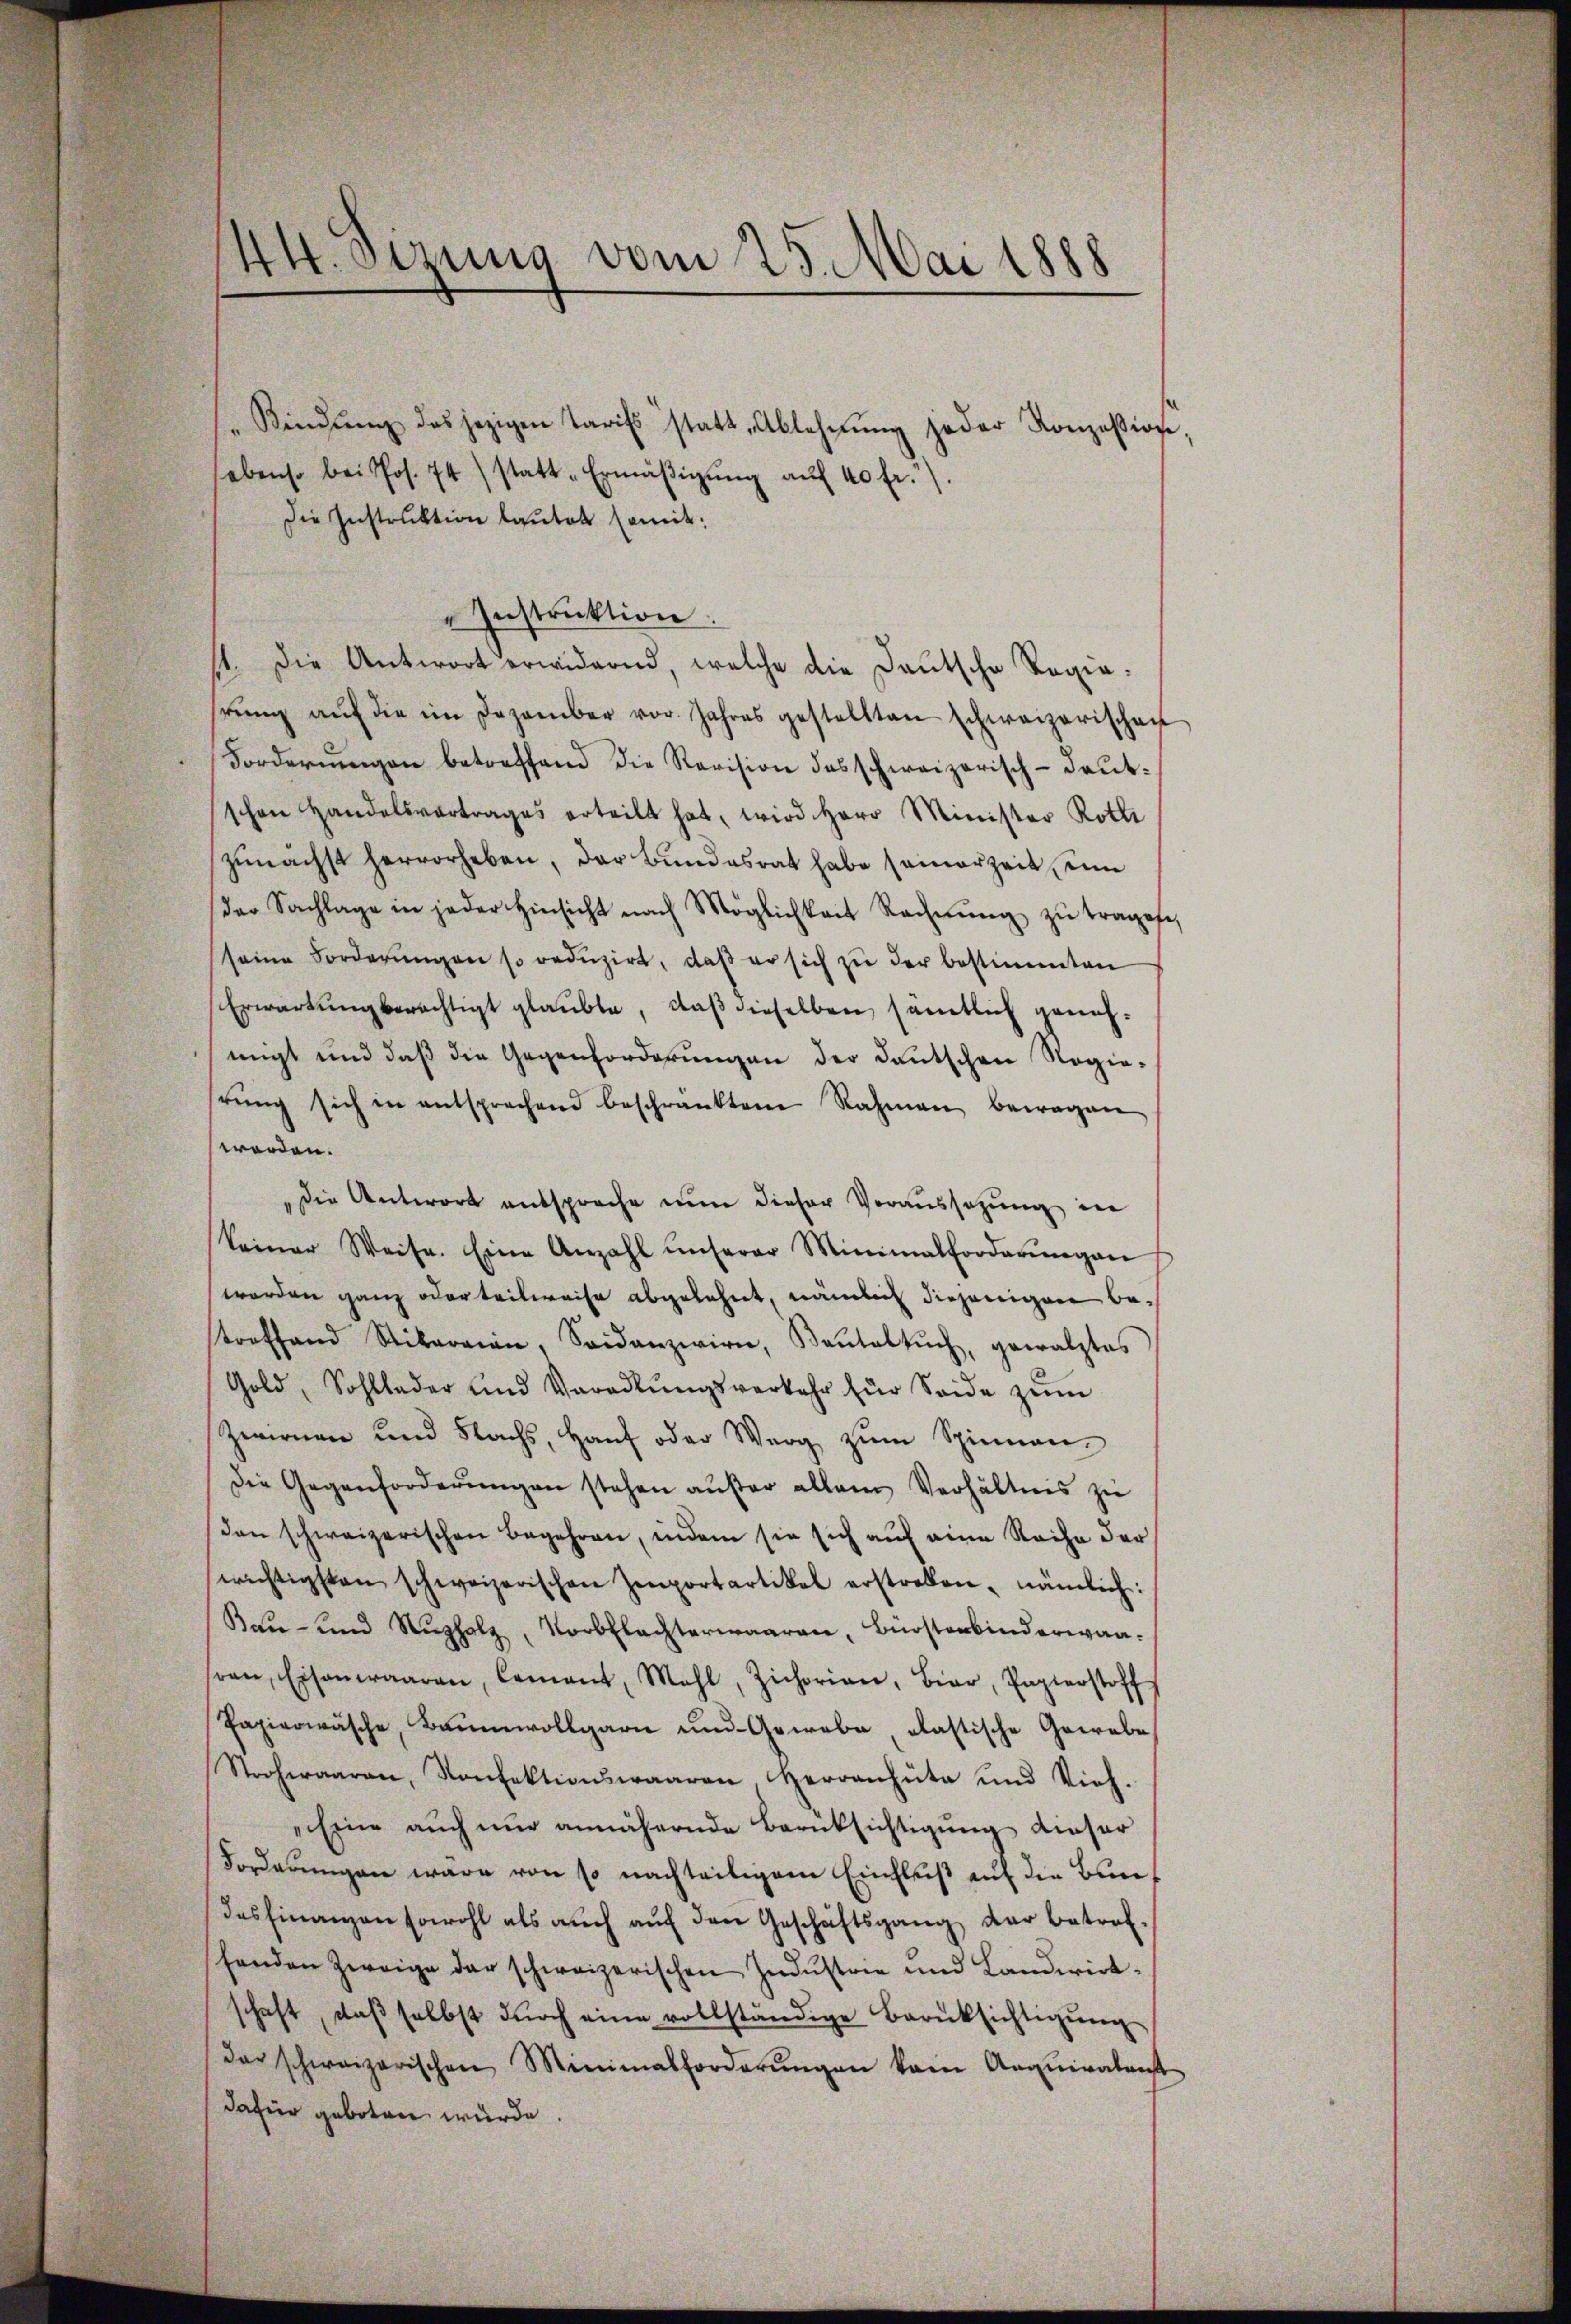
" Kindlŭng des jezigen Tarifs statt Ablehnŭng jeder Konzession,
ebenso bei Jos. 74) statt-Ermäβigŭng aŭf 40 fr.).
Die Instruktion lautet somit
Instruktion.
1. Die Antwort erwidernd, welche die Deutsche Regierŭng aŭf die im Dezember vor. Jahres gestellten schweizerischen
Forderungen betreffend die Revision des schweizerisch-deutschen Handelsvertrages erteilt hat, wird Herr Minister Rothi
zŭnächst hervorheben, der Bŭndesrat habe seinerzeit un
der Sachlage in jeder Hinsicht nach Möglichkeit Rechnŭng zŭ trages,
seine Forderŭngen so redŭzirt, daβ er sich zŭ der bestimmten
Erwartung berechtigt glaubte, daß dieselben sämtlich genehmigt und daβ die Gegenforderŭngen der deutschen Regie-
hrŭng sich in entsprechend beschränktem Rahmen bewegen
worden.
"die Antwort entsproche nun dieser Voraussetzung in
keiner Weise. Eine Anzahl ŭnserer Minimalforderungen
worden ganz oder teilweise abgelehnt, nämlich diejenigen betroffend Stirn, Saidanzwirn, Baŭtelŭch, gewalztes
Gold, Sohllader und Voradlŭngsverkehr für Seide zŭm
Zwirnen und Nachs, Haŭf oder Werg zŭm Spinnen,
Die Gegenforderŭngen stehen aŭβer allem Verhältnis zŭ
den schweizerischen Begehren, indem sie sich auf eine Reihe der
serichtigsten schweizerischen Zenportartikel erstreben, nämlich:
Bau- und Nŭzholz, Korbflachterwaaren, Bürsterbinderwanren, Eisenwaaren, lement, Mahl, Zichorian, Bier, Papierstoff
Papierwäsche, Baumwollgarn und Gewebe, elastische Gewebe
Stroheraaren, Konfektionswaaren Herren Güte und Vieh.
Eine auch nur annähernde Berüksichtigung dieser
Forderungen wäre von so nachteiligem Einfluß auf die Bundes Finanzen sowohl als aŭch aŭf den Geschäftsgang der betref-
schenden Zweige der schweizerischen Indŭstrie und Landwirt-
schaft, daβ selbst dŭrch eine vollständige Berücksichtigŭng
der schweizerischen Minimalforderŭngen kam Aequiralent
dafür geboten würde.

44. Sizung vom 25. Mai 1888